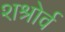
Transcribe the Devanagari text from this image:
शश्रोर्व